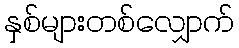
နှစ်များတစ်လျှောက်